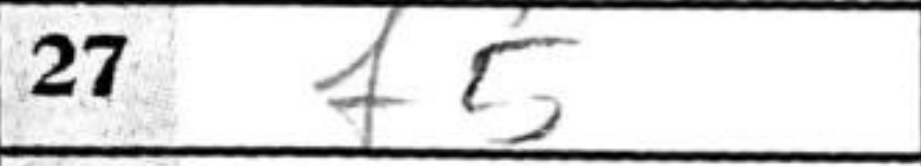
Transcription: f5